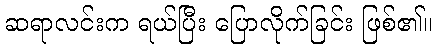
ဆရာလင်းက ရယ်ပြီး ပြောလိုက်ခြင်း ဖြစ်၏။